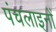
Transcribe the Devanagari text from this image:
पंचलाइनों